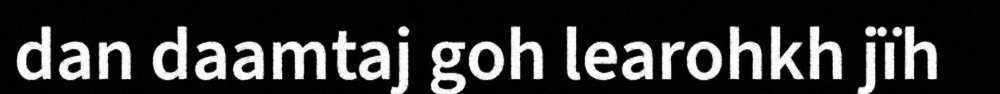
dan daamtaj goh learohkh jïh